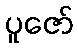
ပူဇော်